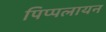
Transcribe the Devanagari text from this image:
पिप्पलायन